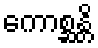
ကောစ္ဆန္တိ